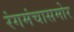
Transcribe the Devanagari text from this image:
रंगमंचासमोर